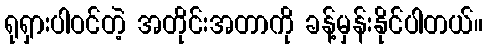
ရုရှားပါဝင်တဲ့ အတိုင်းအတာကို ခန့်မှန်းနိုင်ပါတယ်။